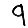
Digit: 9